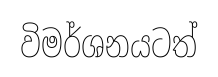
විමර්ශනයටත්